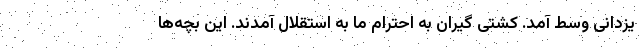
یزدانی وسط آمد. کشتی گیران به احترام ما به استقلال آمدند. این بچه‌ها